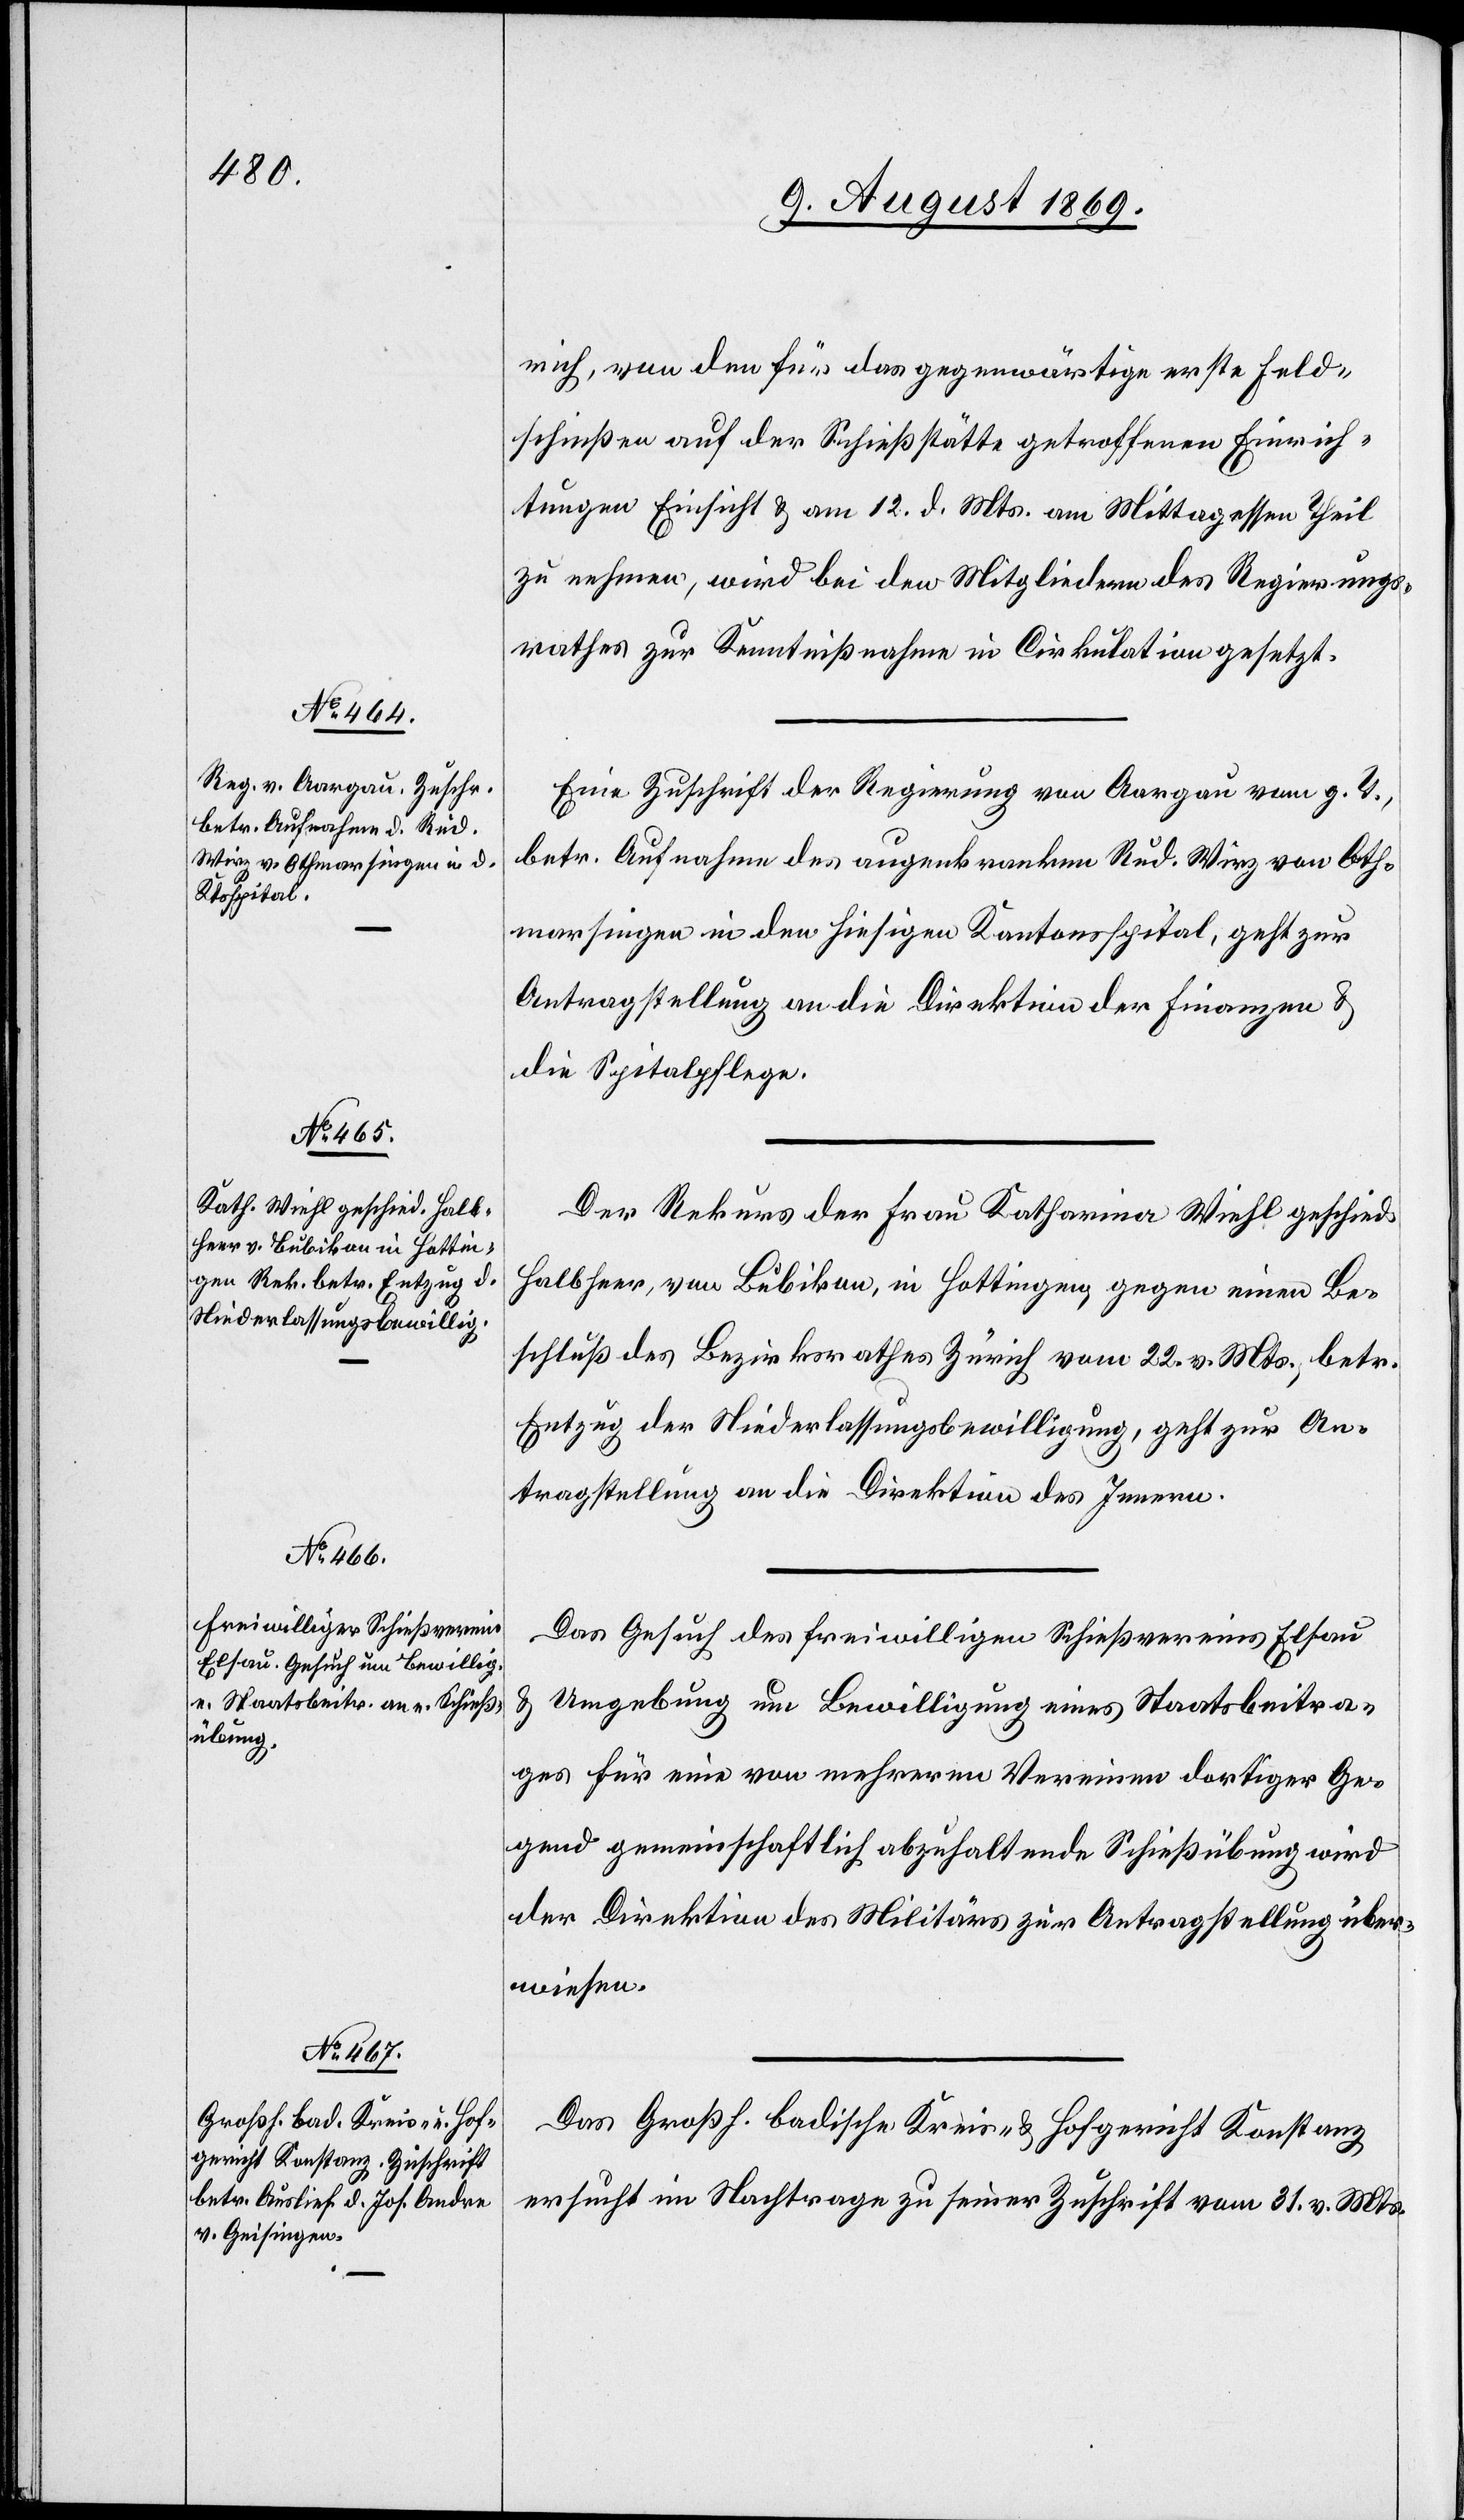
10. August 1869.]
rich, von den für das gegenwärtige erste Feld¬
schießen auf der Schießstätte getroffenen Einrich¬
tungen Einsicht & am 12. d. Mts. am Mittagsessen Theil
zu nehmen, wird bei den Mitgliedern des Regierungs¬
rathes zur Kenntnißnahme in Cirkulation gesetzt.
Eine Zuschrift der Regierung von Aargau vom g. T.,
betr. Aufnahme des augenkranken Rud. Wirz von Oth¬
marsingen in den hiesigen Kantonsspital, geht zur
Antragstellung an die Direktion der Finanzen &
die Spitalpflege.
Der Rekurs der Frau Katharina Wiehl geschied.
Halbheer, von Bubikon, in Hottingen, gegen einen Be¬
schluß des Bezirksrathes Zürich vom 22. v. Mts., betr.
Entzug der Niederlaßungsbewilligung, geht zur An¬
tragstellung an die Direktion des Innern.
Das Gesuch des freiwilligen Schießvereins Elsau
Umgebung um Bewilligung eines Staatsbeitra¬
ges für eine von mehreren Vereinen dortiger Ge¬
gend gemeinschaftlich abzuhaltende Schießübung wird
der Direktion des Militärs zur Antragstellung über¬
wiesen.
Das Großh. Badische Kreis- & Hofgericht Konstanz
ersucht im Nachtrage zu seiner Zuschrift vom 31. v. Mts.